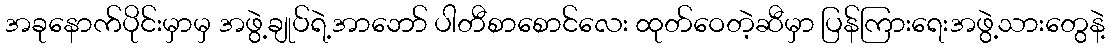
အခုနောက်ပိုင်းမှာမှ အဖွဲ့ချုပ်ရဲ့အာဘော် ပါတီစာစောင်လေး ထုတ်ဝေတဲ့ဆီမှာ ပြန်ကြားရေးအဖွဲ့သားတွေနဲ့